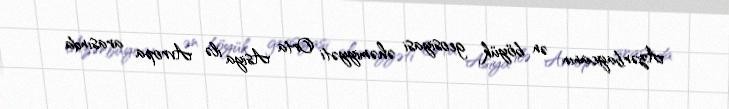
Azərbaycanın ən böyük geosiyasi əhəmiyyəti Orta Asiya ilə Avropa arasında